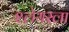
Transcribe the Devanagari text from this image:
श्लेयरला